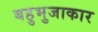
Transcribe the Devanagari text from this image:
बहुभुजाकार